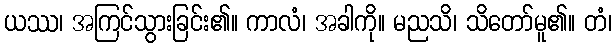
ယဿ၊ အကြင်သွားခြင်း၏။ ကာလံ၊ အခါကို။ မညသိ၊ သိတော်မူ၏။ တံ၊